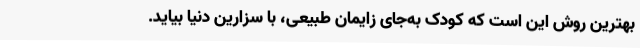
بهترین روش این است که کودک به‌جای زایمان طبیعی، با سزارین دنیا بیاید.